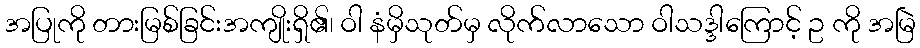
အပြုကို တားမြစ်ခြင်းအကျိုးရှိ၏၊ ဝါ နံမှိသုတ်မှ လိုက်လာသော ဝါသဒ္ဒါကြောင့် ဥ ကို အမြဲ